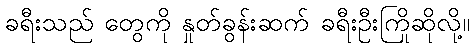
ခရီးသည် တွေကို နှုတ်ခွန်းဆက် ခရီးဦးကြိုဆိုလို့။